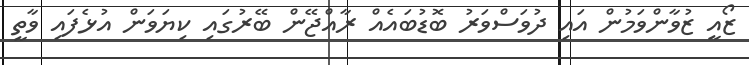
ޒޯއީ ޒުވާންވަމުން އައި ދުވަސްވަރު ބޮޑުބައެއް ރާއްޖޭން ބޭރުގައި ކިޔަވަން އުޅެފައި ވާތީ